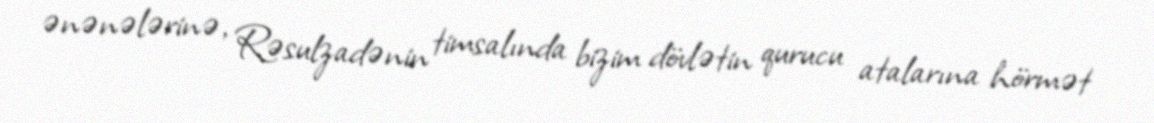
ənənələrinə, Rəsulzadənin timsalında bizim dövlətin qurucu atalarına hörmət